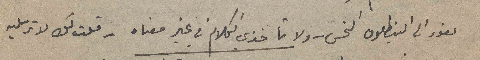
نعود الى البنطلون النحس – ولا تاخذي الكلام في غير معناه  – قلت لك لا ترسليه